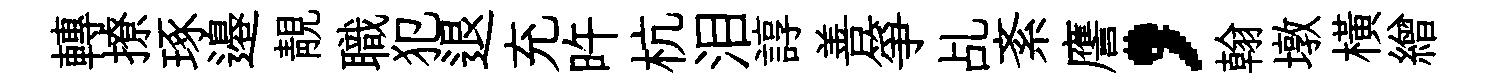
轉撩琢邉靚職犯退充旿杭泪諄善箏乩紊譍，翰墩橫繒